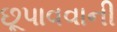
છૂપાવવાની